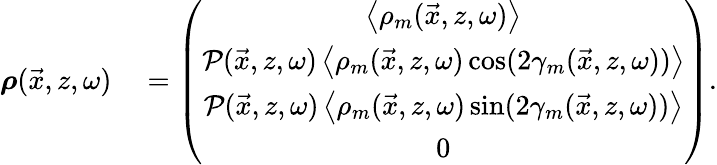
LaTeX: \begin{array}{rl}{\boldsymbol{\rho}(\vec{x},z,\omega)}&{{}=\left(\begin{array}{c}{\left\langle\rho_{m}(\vec{x},z,\omega)\right\rangle}\\ {\mathcal{P}(\vec{x},z,\omega)\left\langle\rho_{m}(\vec{x},z,\omega)\cos(2\gamma_{m}(\vec{x},z,\omega))\right\rangle}\\ {\mathcal{P}(\vec{x},z,\omega)\left\langle\rho_{m}(\vec{x},z,\omega)\sin(2\gamma_{m}(\vec{x},z,\omega))\right\rangle}\\ {0}\end{array}\right).}\end{array}